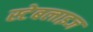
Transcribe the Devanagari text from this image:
स्टेबलाइज